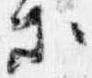
等